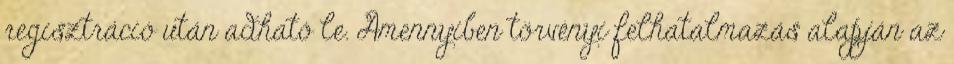
regisztráció után adható le. Amennyiben törvényi felhatalmazás alapján az